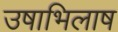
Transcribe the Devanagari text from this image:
उषाभिलाष